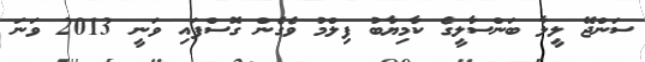
ސަންޖޭ ލީލާ ބަންސާލީގެ ކާމިޔާބު ފިލްމު ވެގެން ގޮސްފައި ވަނީ 2013 ވަނަ